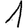
Digit: 1